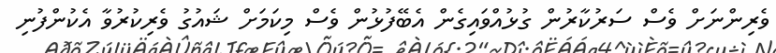
ވެރިންނަށް ވެސް ސަރުކާރުން ގުޅުއްވައިގެން އެބޭފުޅުން ވެސް މިކަމަށް ޝައުގު ވެރިކުރުވާ އެކުންފުނި